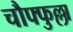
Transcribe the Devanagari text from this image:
चौफ्फुल्ला